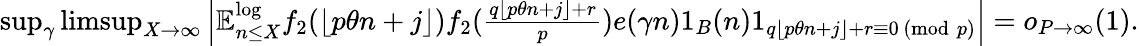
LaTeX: \begin{array}{r}{\operatorname*{sup}_{\gamma}\operatorname*{limsup}_{X\to\infty}\left|\mathbb{E}_{n\leq X}^{\log}f_{2}(\lfloor p\theta n+j\rfloor)f_{2}(\frac{q\lfloor p\theta n+j\rfloor+r}{p})e(\gamma n)1_{B}(n)1_{q\lfloor p\theta n+j\rfloor+r\equiv 0\, (\operatorname{mod}\, p)}\right|=o_{P\rightarrow\infty}(1).}\end{array}